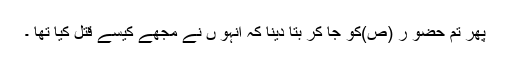
پھر تم حضو ر (ص)کو جا کر بتا دینا کہ انہو ں نے مجھے کیسے قتل کیا تھا ۔